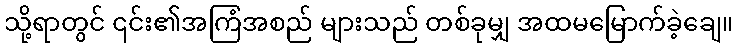
သို့ရာတွင် ၎င်း၏အကြံအစည် များသည် တစ်ခုမျှ အထမမြောက်ခဲ့ချေ။